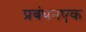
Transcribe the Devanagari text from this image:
प्रबंधनएक